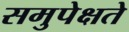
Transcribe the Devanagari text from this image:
समुपेक्षते